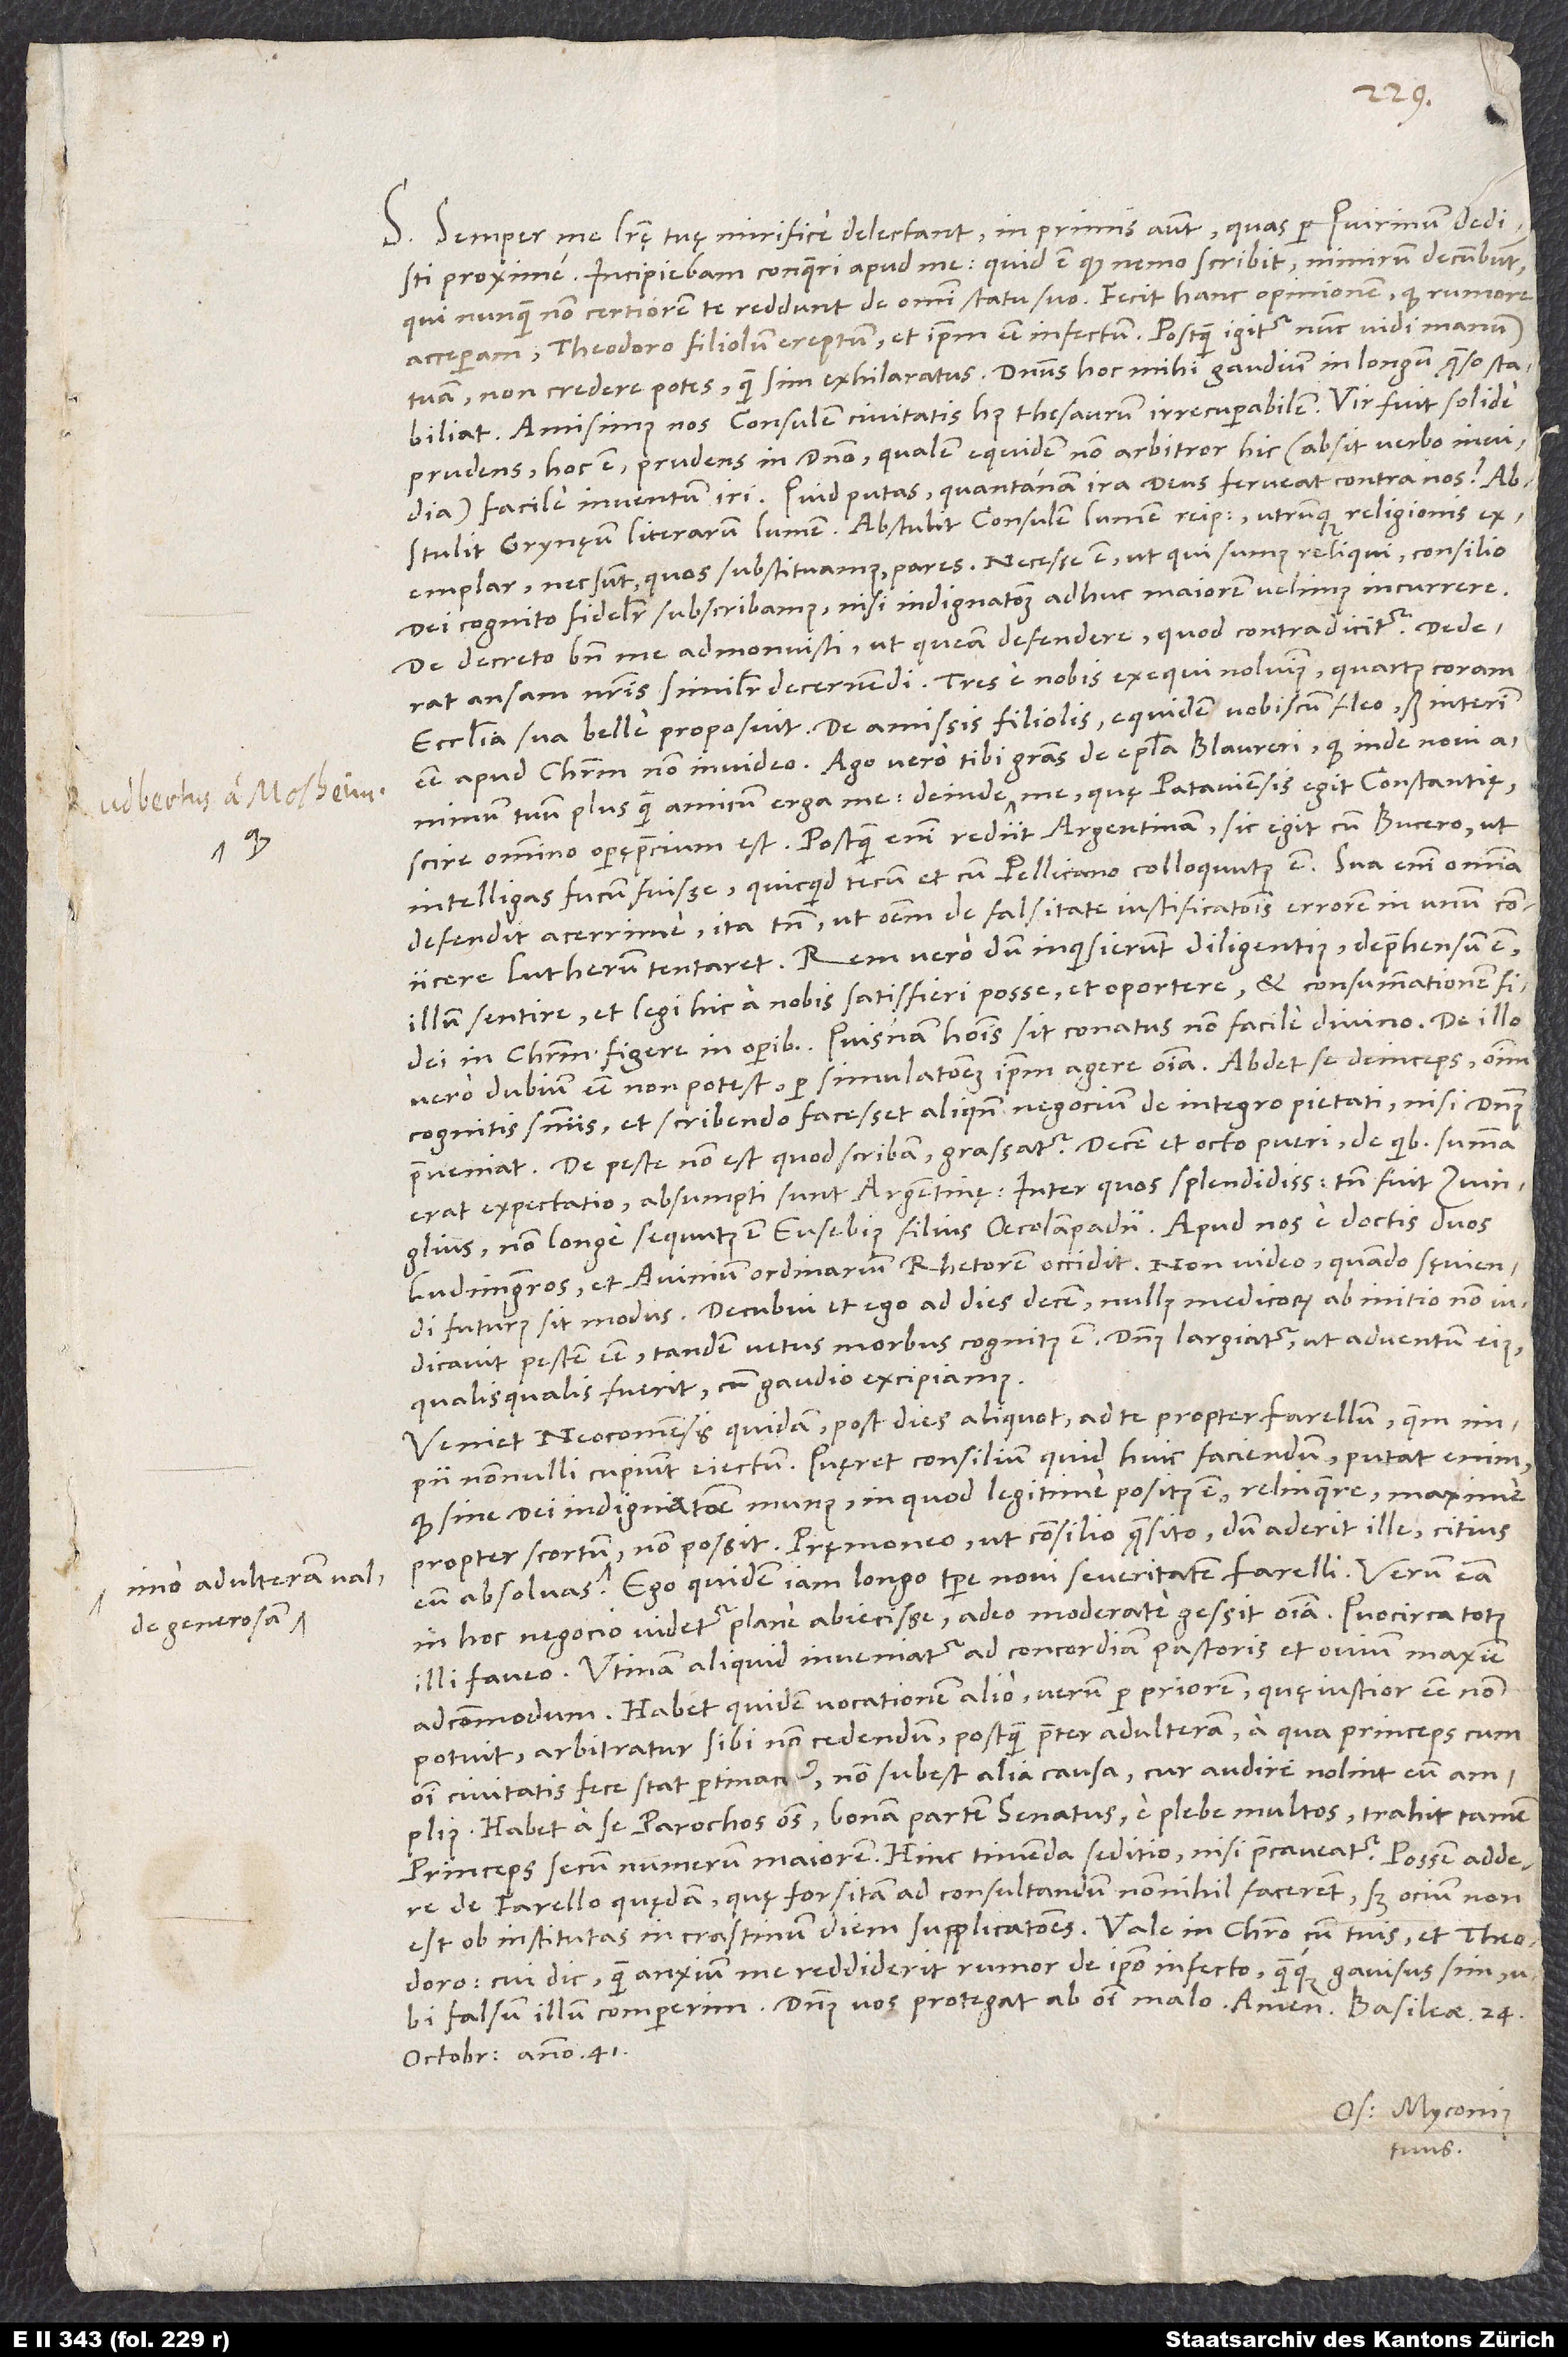
quod
adulteram valde
generosam,

S. Semper me literę tuę mirifice delectant, in primis autem, quas per Quirinum dedisti
proxime. Incipiebam conqueri apud me: „Quid est, quod nemo scribit; nimirum decumbunt,
qui nunquam non certiorem te reddunt de omni statu suo.“ Fecit hanc opinionem, quod rumore
acceperam Theodoro filiolum ereptum et ipsum esse infectum. Postquam igitur nunc vidi manum
tuam, non credere potes, quam sim exhilaratus. Dominus hoc mihi gaudium in longum, quęso, stabiliat!
Amisimus nos consulem civitatis huius, thesaurum irrecuperabilem. Vir fuit solide
prudens, hoc est prudens in domino, qualem equidem non arbitror hic (absit verbo invidia)
facile inventum iri. Quid putas, quantanam ira deus ferveat contra nos?
Abstulit Grynęum, literarum lumen, abstulit consulem, lumen reipublicae, utrunque religionis
exemplar, nec sunt, quos substituamus, pares. Necesse est, ut, qui sumus reliqui, consilio
dei cognito fideliter subscribamus, nisi indignationem adhuc maiorem velimus incurrere.
De decreto bene me admonuisti, ut queam defendere, quod contradicitur. Dederat
ansam nostris similiter decernendi. Tres e nobis exequi noluimus, quartus coram
ecclesia sua belle proposuit. De amissis filiolis equidem vobiscum fleo, sed interim
animum tuum plus quam amicum erga me, deinde quod me, quę Pataviensis egit Constantię,
scire omnino operęprecium est. Postquam enim rediit Argentinam, sic egit cum Bucero, ut
intelligas fucum fuisse, quicquid tecum et cum Pellicano colloquutus est. Sua enim omnia
defendit acerrime, ita tamen, ut omnem de falsitate iustificationis errorem in unum coniicere
illum sentire et legi hic a nobis satisfieri posse et oportere, et consummationem fidei
in Christum figere in operibus. Quisnam hominis sit conatus, non facile divino.
vero dubium esse non potest per simulationem ipsum agere omnia. Abdet se deinceps omnium
cognitis sententiis et scribendo facesset aliquando negocium de integro pietati, nisi dominus
peste non est, quod scribam; grassatur. Decem et octo pueri, de quibus summa
erat expectatio, absumpti sunt Argentinę, inter quos splendidissimus tamen fuit Zvinglius;
non longe sequutus est Eusebius, filius Oecolampadii. Apud nos e doctis duos
ludimagistros et Avinium, ordinarium rhetorem, occidit. Non video, quando sęviendi
futurus sit modus. Decubui et ego ad dies decem; nullus medicorum ab initio non
iudicavit pestem esse; tandem vetus morbus cognitus est. Dominus largiatur, ut adventum eius,
qualisqualis fuerit, cum gaudio excipiamus!
Veniet Neocomensis quidam post dies aliquot ad te propter Farellum, quem
impii nonnulli cupiunt eiectum. Quęret consilium, quid huic faciendum; putat enim,
quod sine dei indignatione munus, in quod legitime positus est, relinquere, maxime
non possit. Pręmoneo, ut consilio quęsito, dum aderit ille, citius
in hoc negocio videtur plane abiecisse, adeo moderate gessit omnia. Quocirca totus
illi faveo. Utinam aliquid inveniatur ad concordiam pastoris et ovium maxime
adcommodum! Habet quidem vocationem alio, verum per priorem, quę iustior esse non
potuit, arbitratur sibi non cedendum, postquam praeter adulteram, a qua princeps cum
omni civitatis fece stat pertinaciter, non subest alia causa, cur audire nolint eum amplius.
Habet a se parochos omnes, bonam partem senatus, e plebe multos; trahit tamen
princeps secum numerum maiorem. Hinc timenda seditio, nisi praecaveatur. Possem addere
de Farello quędam, quę forsitan ad consultandum nonnihil facerent; sed ocium non
est ob institutas in crastinum diem supplicationes. Vale in Christo cum tuis et Theodoro,
cui dic, quam anxium me reddiderit rumor de ipso infecto quamque gavisus sim, ubi
octobris anno 1541.
Os. Myconius
tuus.